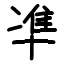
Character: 凖